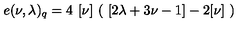
e ( \nu , \lambda ) _ { q } = 4 \ [ \nu ] \ ( \ [ 2 \lambda + 3 \nu - 1 ] - 2 [ \nu ] \ )